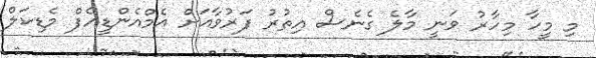
މި މީހާ މިހާރު ވަނީ މާލެ ގެނެސް އިތުރު ފަރުވާއަށް އެމްއެންޑީއެފް މެޑިކަލް